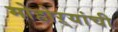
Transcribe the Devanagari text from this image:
मोहोऱ्यांची